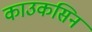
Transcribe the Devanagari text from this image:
काउकसिन